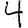
Digit: 4